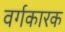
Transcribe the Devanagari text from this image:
वर्गकारक